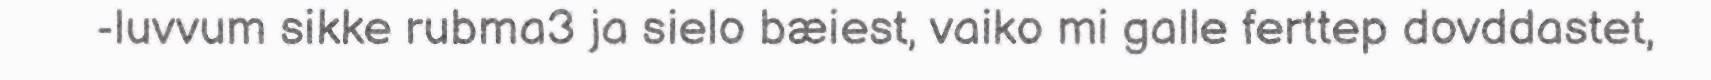
-luvvum sikke rubma3 ja sielo bæiest, vaiko mi galle ferttep dovddastet,